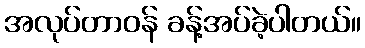
အလုပ်တာဝန် ခန့်အပ်ခဲ့ပါတယ်။